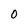
Character: 0